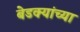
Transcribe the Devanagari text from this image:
बेडक्यांच्या